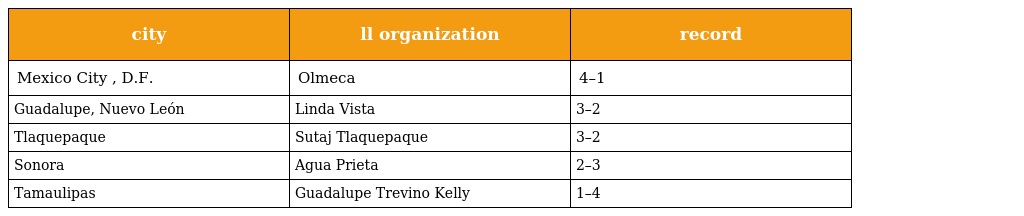
| city | ll organization | record |
 | --- | --- | --- |
 | Mexico City , D.F. | Olmeca | 4–1 |
 | Guadalupe, Nuevo León | Linda Vista | 3–2 |
 | Tlaquepaque | Sutaj Tlaquepaque | 3–2 |
 | Sonora | Agua Prieta | 2–3 |
 | Tamaulipas | Guadalupe Trevino Kelly | 1–4 |